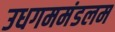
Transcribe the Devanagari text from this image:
उधगममंडलम